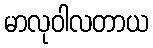
မာလုဝါလတာယ